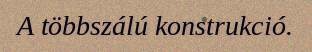
A többszálú konstrukció.